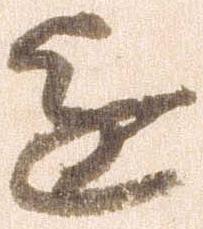
進